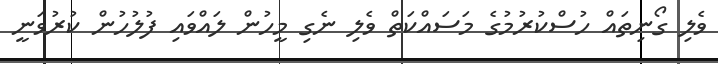
ވެލި ގޯނިތައް ހުސްކުރުމުގެ މަސައްކަތް ވެލި ނެގި މީހުން ލައްވައި ފުލުހުން ކުރުވަނީ